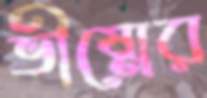
ভীষ্মের